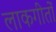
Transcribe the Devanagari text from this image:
लाकगीतों